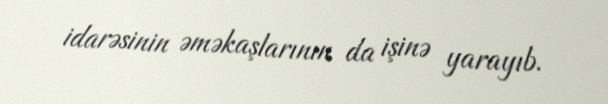
idarəsinin əməkaşlarının da işinə yarayıb.